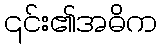
၎င်း၏အဓိက